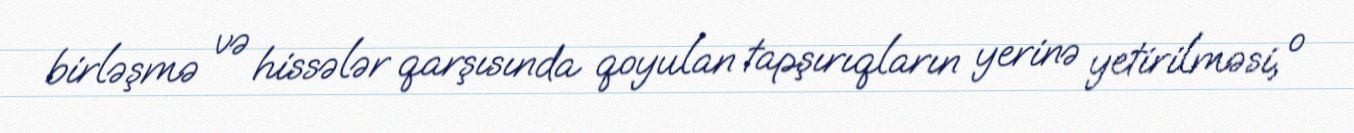
birləşmə və hissələr qarşısında qoyulan tapşırıqların yerinə yetirilməsi, o